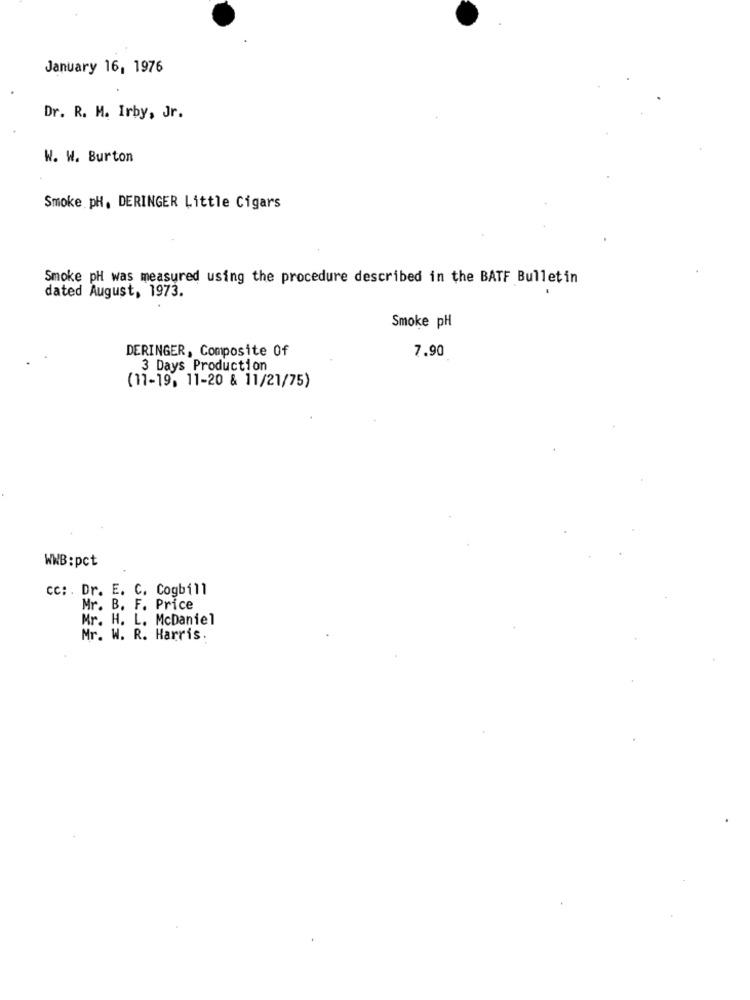
January 16, 1976
Dr. R. M. Irby, Jr.
W. W. Burton
Smoke pH, DERINGER Little Cigars
Smoke pH was measured using the procedure described in the BATF Bulletin
dated August, 1973.
Smoke pH
DERINGER, Composite Of
7.90
3 Days Production
(11-19, 11-20 & 11/21/75)
WWB: pct
cc: . Dr. E. C. Cogbill
Mr. B. F. Price
Mr. H. L. McDaniel
Mr. W. R. Harris.